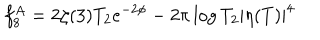
f _ { 8 } ^ { A } = 2 \zeta ( 3 ) T _ { 2 } e ^ { - 2 \phi } - 2 \pi \log T _ { 2 } | \eta ( T ) | ^ { 4 }